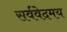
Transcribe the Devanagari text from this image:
सर्ववेदमय